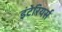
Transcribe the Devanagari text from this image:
इंटेरियर्स